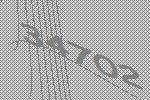
34702